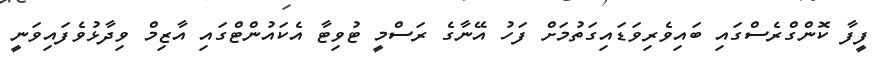
ފީފާ ކޮންގްރެސްގައި ބައިވެރިވަޑައިގަތުމަށް ފަހު އޭނާގެ ރަސްމީ ޓުވިޓާ އެކައުންޓްގައި އާޒިމް ވިދާޅުވެފައިވަނީ